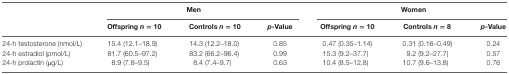
<table><thead><tr><td></td><td colspan="3"><b>Men</b></td><td colspan="3"><b>Women</b></td></tr><tr><td></td><td><b>Offspring <i>n</i> = 10</b></td><td><b>Controls <i>n</i> = 10</b></td><td><b><i>p</i>-Value</b></td><td><b>Offspring <i>n</i> = 10</b></td><td><b>Controls <i>n</i> = 8</b></td><td><b><i>p</i>-Value</b></td></tr></thead><tbody><tr><td>24-h testosterone (nmol/L)</td><td>15.4 (12.1–18.9)</td><td>14.3 (12.2–18.0)</td><td>0.85</td><td>0.47 (0.35–1.14)</td><td>0.31 (0.16–0.49)</td><td>0.24</td></tr><tr><td>24-h estradiol (pmol/L)</td><td>81.7 (60.5–97.2)</td><td>83.2 (66.2–96.4)</td><td>0.99</td><td>15.3 (9.2–37.7)</td><td>9.2 (9.2–27.7)</td><td>0.57</td></tr><tr><td>24-h prolactin (μg/L)</td><td>8.9 (7.8–9.5)</td><td>8.4 (7.4–9.7)</td><td>0.63</td><td>10.4 (8.5–12.8)</td><td>10.7 (9.6–13.8)</td><td>0.76</td></tr></tbody></table>